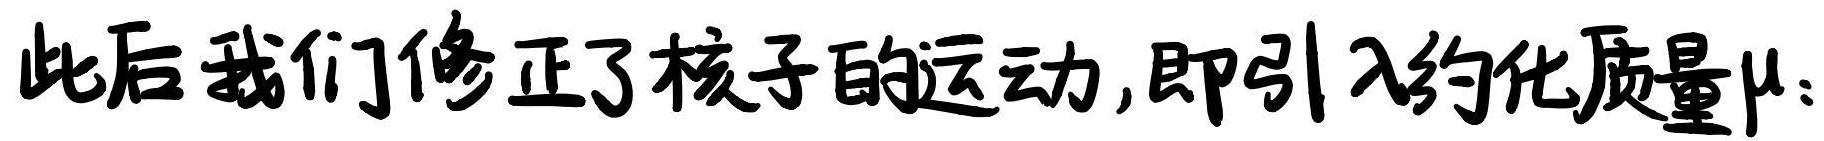
此后我们修正了核子的运动,即引入约化质量$\mu$: